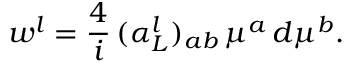
w ^ { l } = \frac { 4 } { i } \, ( \alpha _ { L } ^ { l } ) _ { a b } \, \mu ^ { a } \, d \mu ^ { b } .